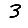
Digit: 3